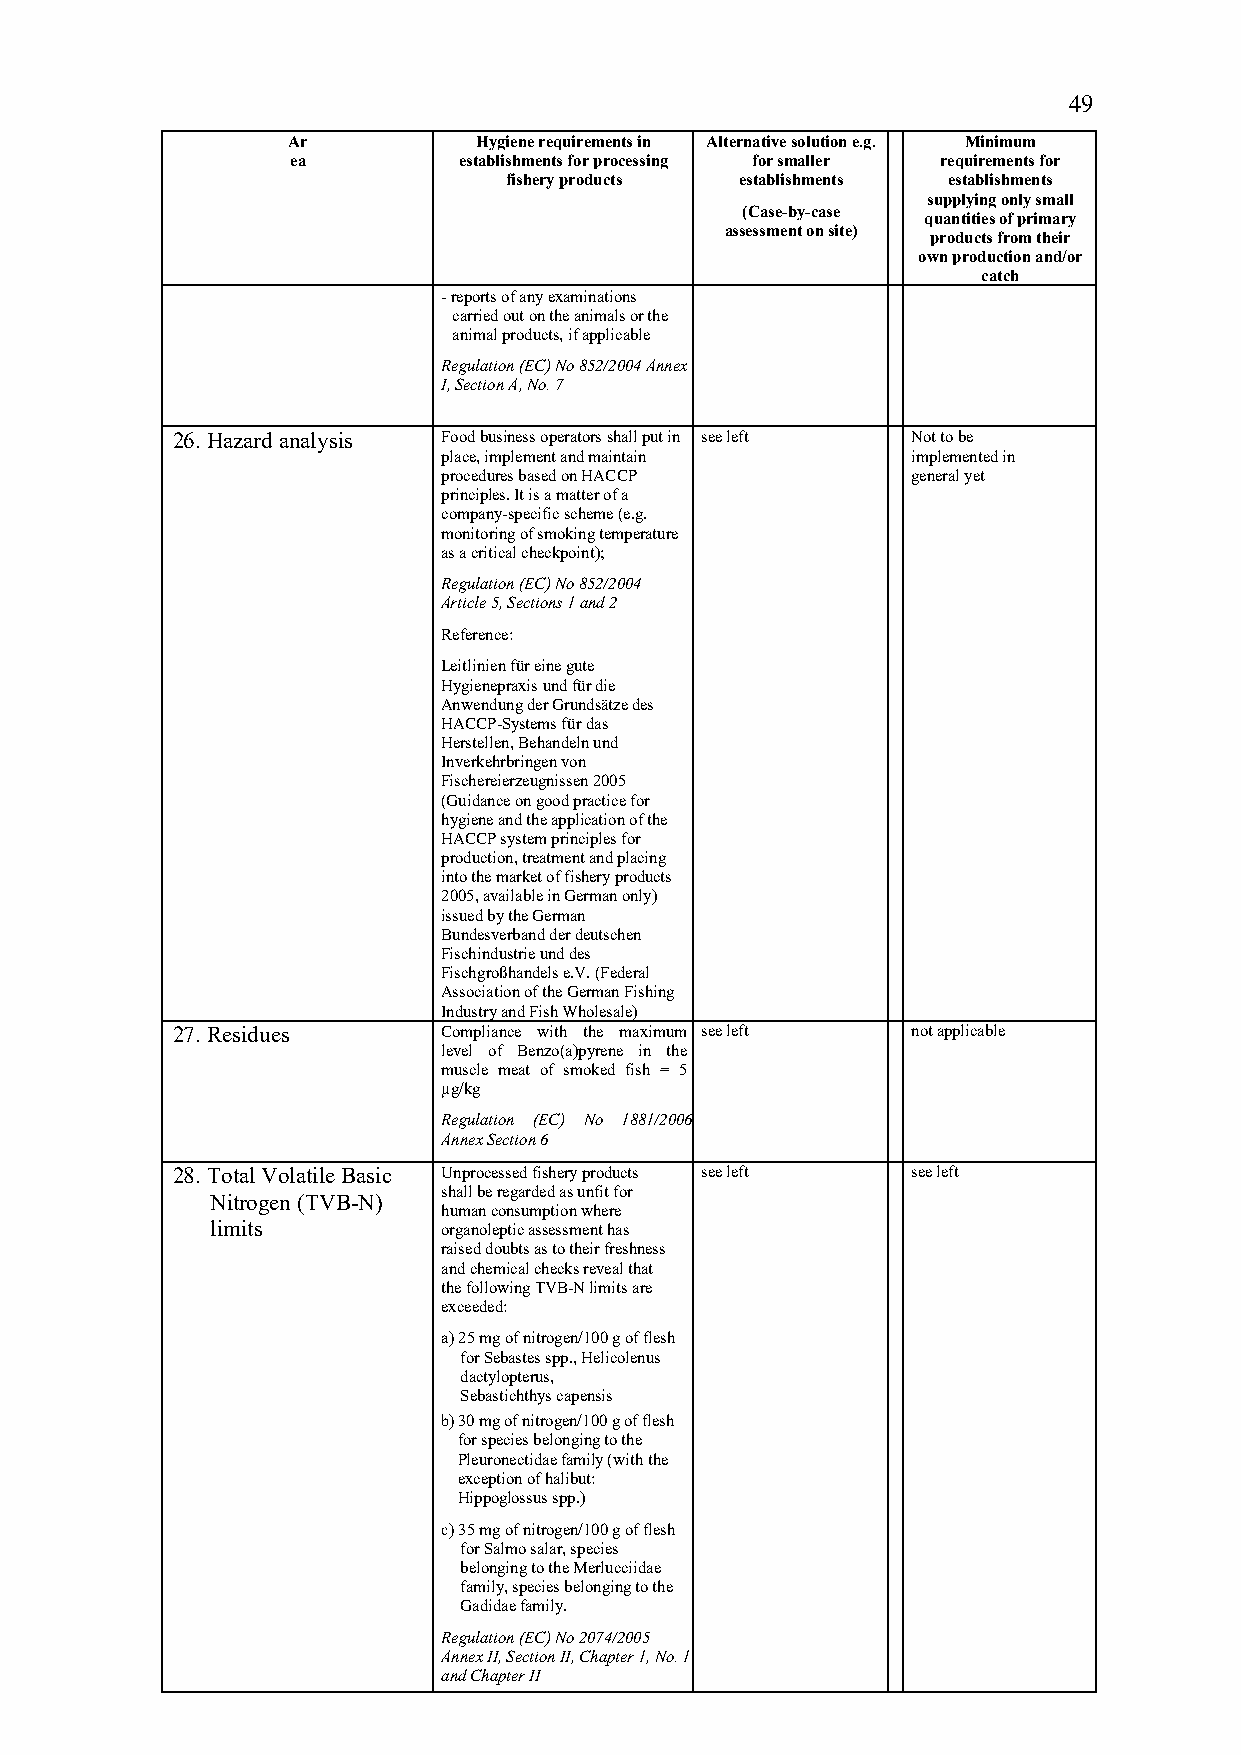
49
 Ar          Hygiene requirements in Alternative solution e.g. Minimum
 ea         establishments for processing for smaller requirements for
 fishery products establishments establishments
 supplying only small
 (Case-by-case
 quantities of primary
 assessment on site)
 products from their
 own production and/or
 catch
 - reports of any examinations
 carried out on the animals or the
 animal products, if applicable
 Regulation (EC) No 852/2004 Annex
 I, Section A, No. 7
 26. Hazard analysis Food business operators shall put in see left Not to be
 place, implement and maintain  implemented in
 procedures based on HACCP      general yet
 principles. It is a matter of a
 company-specific scheme (e.g.
 monitoring of smoking temperature
 as a critical checkpoint);
 Regulation (EC) No 852/2004
 Article 5, Sections 1 and 2
 Reference:
 Leitlinien für eine gute
 Hygienepraxis und für die
 Anwendung der Grundsätze des
 HACCP-Systems für das
 Herstellen, Behandeln und
 Inverkehrbringen von
 Fischereierzeugnissen 2005
 (Guidance on good practice for
 hygiene and the application of the
 HACCP system principles for
 production, treatment and placing
 into the market of fishery products
 2005, available in German only)
 issued by the German
 Bundesverband der deutschen
 Fischindustrie und des
 Fischgroßhandels e.V. (Federal
 Association of the German Fishing
 Industry and Fish Wholesale)
 27. Residues      Compliance with the maximum see left not applicable
 level of Benzo(a)pyrene in the
 muscle meat of smoked fish = 5
 µg/kg
 Regulation (EC) No 1881/2006
 Annex Section 6
 28. Total Volatile Basic Unprocessed fishery products see left see left
 shall be regarded as unfit for
 Nitrogen (TVB-N)
 human consumption where
 limits         organoleptic assessment has
 raised doubts as to their freshness
 and chemical checks reveal that
 the following TVB-N limits are
 exceeded:
 a) 25 mg of nitrogen/100 g of flesh
 for Sebastes spp., Helicolenus
 dactylopterus,
 Sebastichthys capensis
 b) 30 mg of nitrogen/100 g of flesh
 for species belonging to the
 Pleuronectidae family (with the
 exception of halibut:
 Hippoglossus spp.)
 c) 35 mg of nitrogen/100 g of flesh
 for Salmo salar, species
 belonging to the Merlucciidae
 family, species belonging to the
 Gadidae family.
 Regulation (EC) No 2074/2005
 Annex II, Section II, Chapter 1, No. 1
 and Chapter II